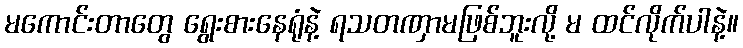
မကောင်းတာတွေ ရွေးစားနေရုံနဲ့ ရသတဏှာမဖြစ်ဘူးလို့ မ ထင်လိုက်ပါနဲ့။